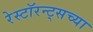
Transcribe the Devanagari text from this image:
रेस्टॉरन्ट्सच्या